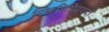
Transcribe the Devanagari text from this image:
स्थितिप्रियवादी